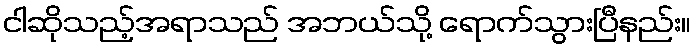
ငါဆိုသည့်အရာသည် အဘယ်သို့ ရောက်သွားပြီနည်း။